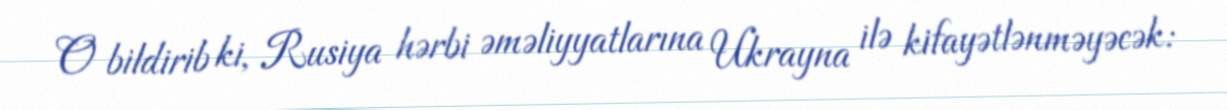
O bildirib ki, Rusiya hərbi əməliyyatlarına Ukrayna ilə kifayətlənməyəcək: